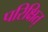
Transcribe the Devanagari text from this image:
परिक्षित्